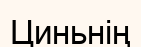
Циньнің